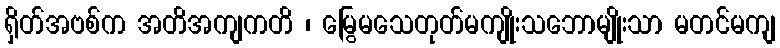
ရှိတ်အဗစ်က အတိအကျကတိ ၊ မြွေမသေတုတ်မကျိုးသဘောမျိုးသာ မတင်မကျ